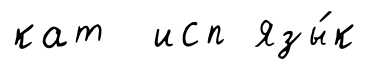
кат исп язы́к